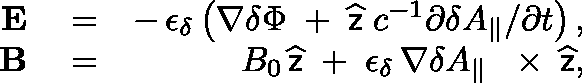
\begin{array} { r l r } { { \bf E } } & { { } = } & { - \, \epsilon _ { \delta } \left( \nabla \delta \Phi \; + \; \widehat { \sf z } \; c ^ { - 1 } \partial \delta A _ { \| } / \partial t \right) , } \\ { { \bf B } } & { { } = } & { B _ { 0 } \, \widehat { \sf z } \; + \; \epsilon _ { \delta } \, \nabla \delta A _ { \| } \, \mathrm { ~ \boldmath ~ \times ~ } \, \widehat { \sf z } , } \end{array}